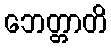
ဘေတ္တာတိ